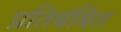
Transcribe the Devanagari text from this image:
प्रतिबंबित